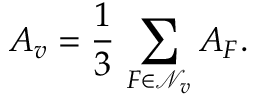
A _ { v } = \frac { 1 } { 3 } \, \displaystyle \sum _ { F \in \mathcal { N } _ { v } } A _ { F } .